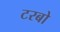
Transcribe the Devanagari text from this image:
टरबो